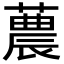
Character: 蕽